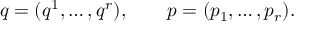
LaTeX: q = ( q ^ { 1 } , \ldots , q ^ { r } ) , \qquad p = ( p _ { 1 } , \ldots , p _ { r } ) .